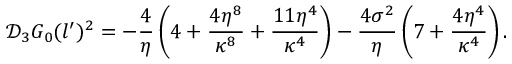
\mathcal { D } _ { 3 } G _ { 0 } ( l ^ { \prime } ) ^ { 2 } = - \frac { 4 } { \eta } \left( 4 + \frac { 4 \eta ^ { 8 } } { \kappa ^ { 8 } } + \frac { 1 1 \eta ^ { 4 } } { \kappa ^ { 4 } } \right) - \frac { 4 \sigma ^ { 2 } } { \eta } \left( 7 + \frac { 4 \eta ^ { 4 } } { \kappa ^ { 4 } } \right) .